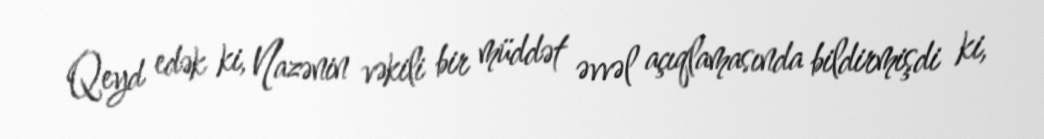
Qeyd edək ki, Nazənin vəkili bir müddət əvvəl açıqlamasında bildirmişdi ki,